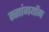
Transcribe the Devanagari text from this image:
स्सांगयोंग